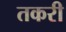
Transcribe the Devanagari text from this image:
तकरी